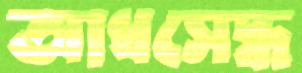
আধসেদ্ধ